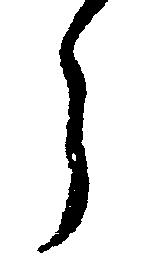
う